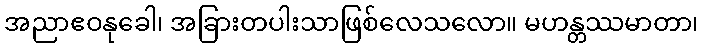
အညာဧဝနုခေါ၊ အခြားတပါးသာဖြစ်လေသလော။ မဟန္တဿမာတာ၊